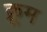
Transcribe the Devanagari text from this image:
क्रूम